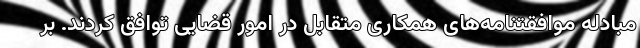
مبادله موافقتنامه‌های همکاری متقابل در امور قضایی توافق کردند. بر